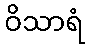
ဝိသာရံ